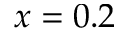
x = 0 . 2